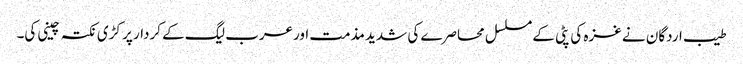
طیب اردگان نے غزہ کی پٹی کے مسلسل محاصرے کی شدید مذمت اورعرب لیگ کے کردار پر کڑی نکتہ چینی کی۔